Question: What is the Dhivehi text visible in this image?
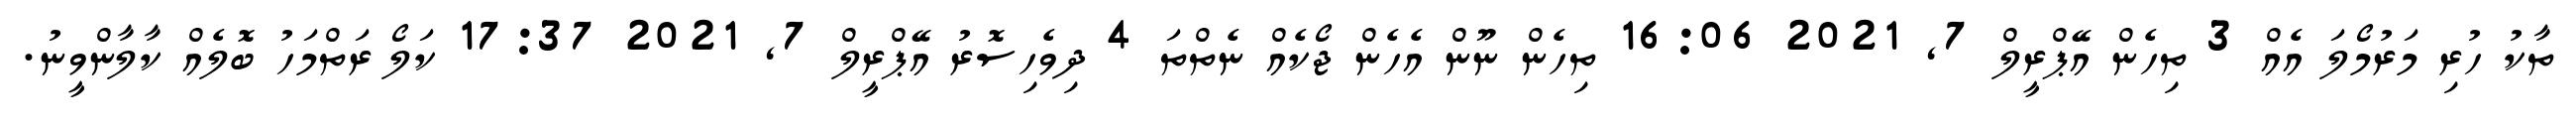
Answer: ތާކު ހުރި މަރުމޯލަ އެއް 3 ތިހެން އޭޕްރީލް 7, 2021 16:06 ތިހެން ނޫން އެހެން ޖޯކެއް ނެތްތަ 4 ދިވެހިސޮރު އޭޕްރީލް 7, 2021 17:37 ކަލޯ ރަތްމަހު ބޮލެއް ކާލާންވީނު.